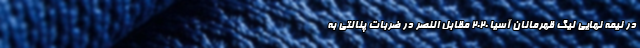
در نیمه نهایی لیگ قهرمانان آسیا 2020 مقابل النصر در ضربات پنالتی به